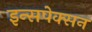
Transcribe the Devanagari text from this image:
इन्सपेक्सन